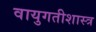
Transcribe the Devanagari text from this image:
वायुगतीशास्त्र